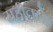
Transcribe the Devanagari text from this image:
महीतले।